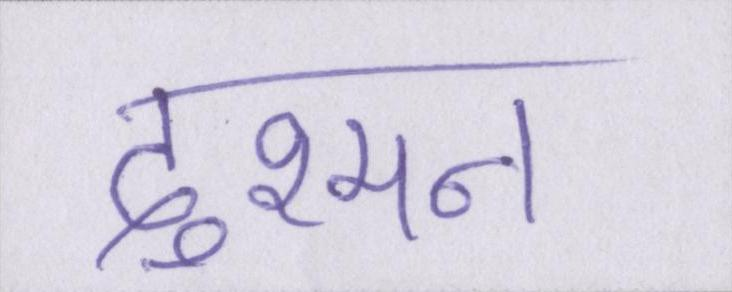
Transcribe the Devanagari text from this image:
दुश्मन